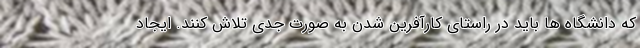
که دانشگاه ها باید در راستای کارآفرین شدن به صورت جدی تلاش کنند. ایجاد